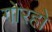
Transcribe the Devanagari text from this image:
गोरहो